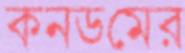
কনডমের